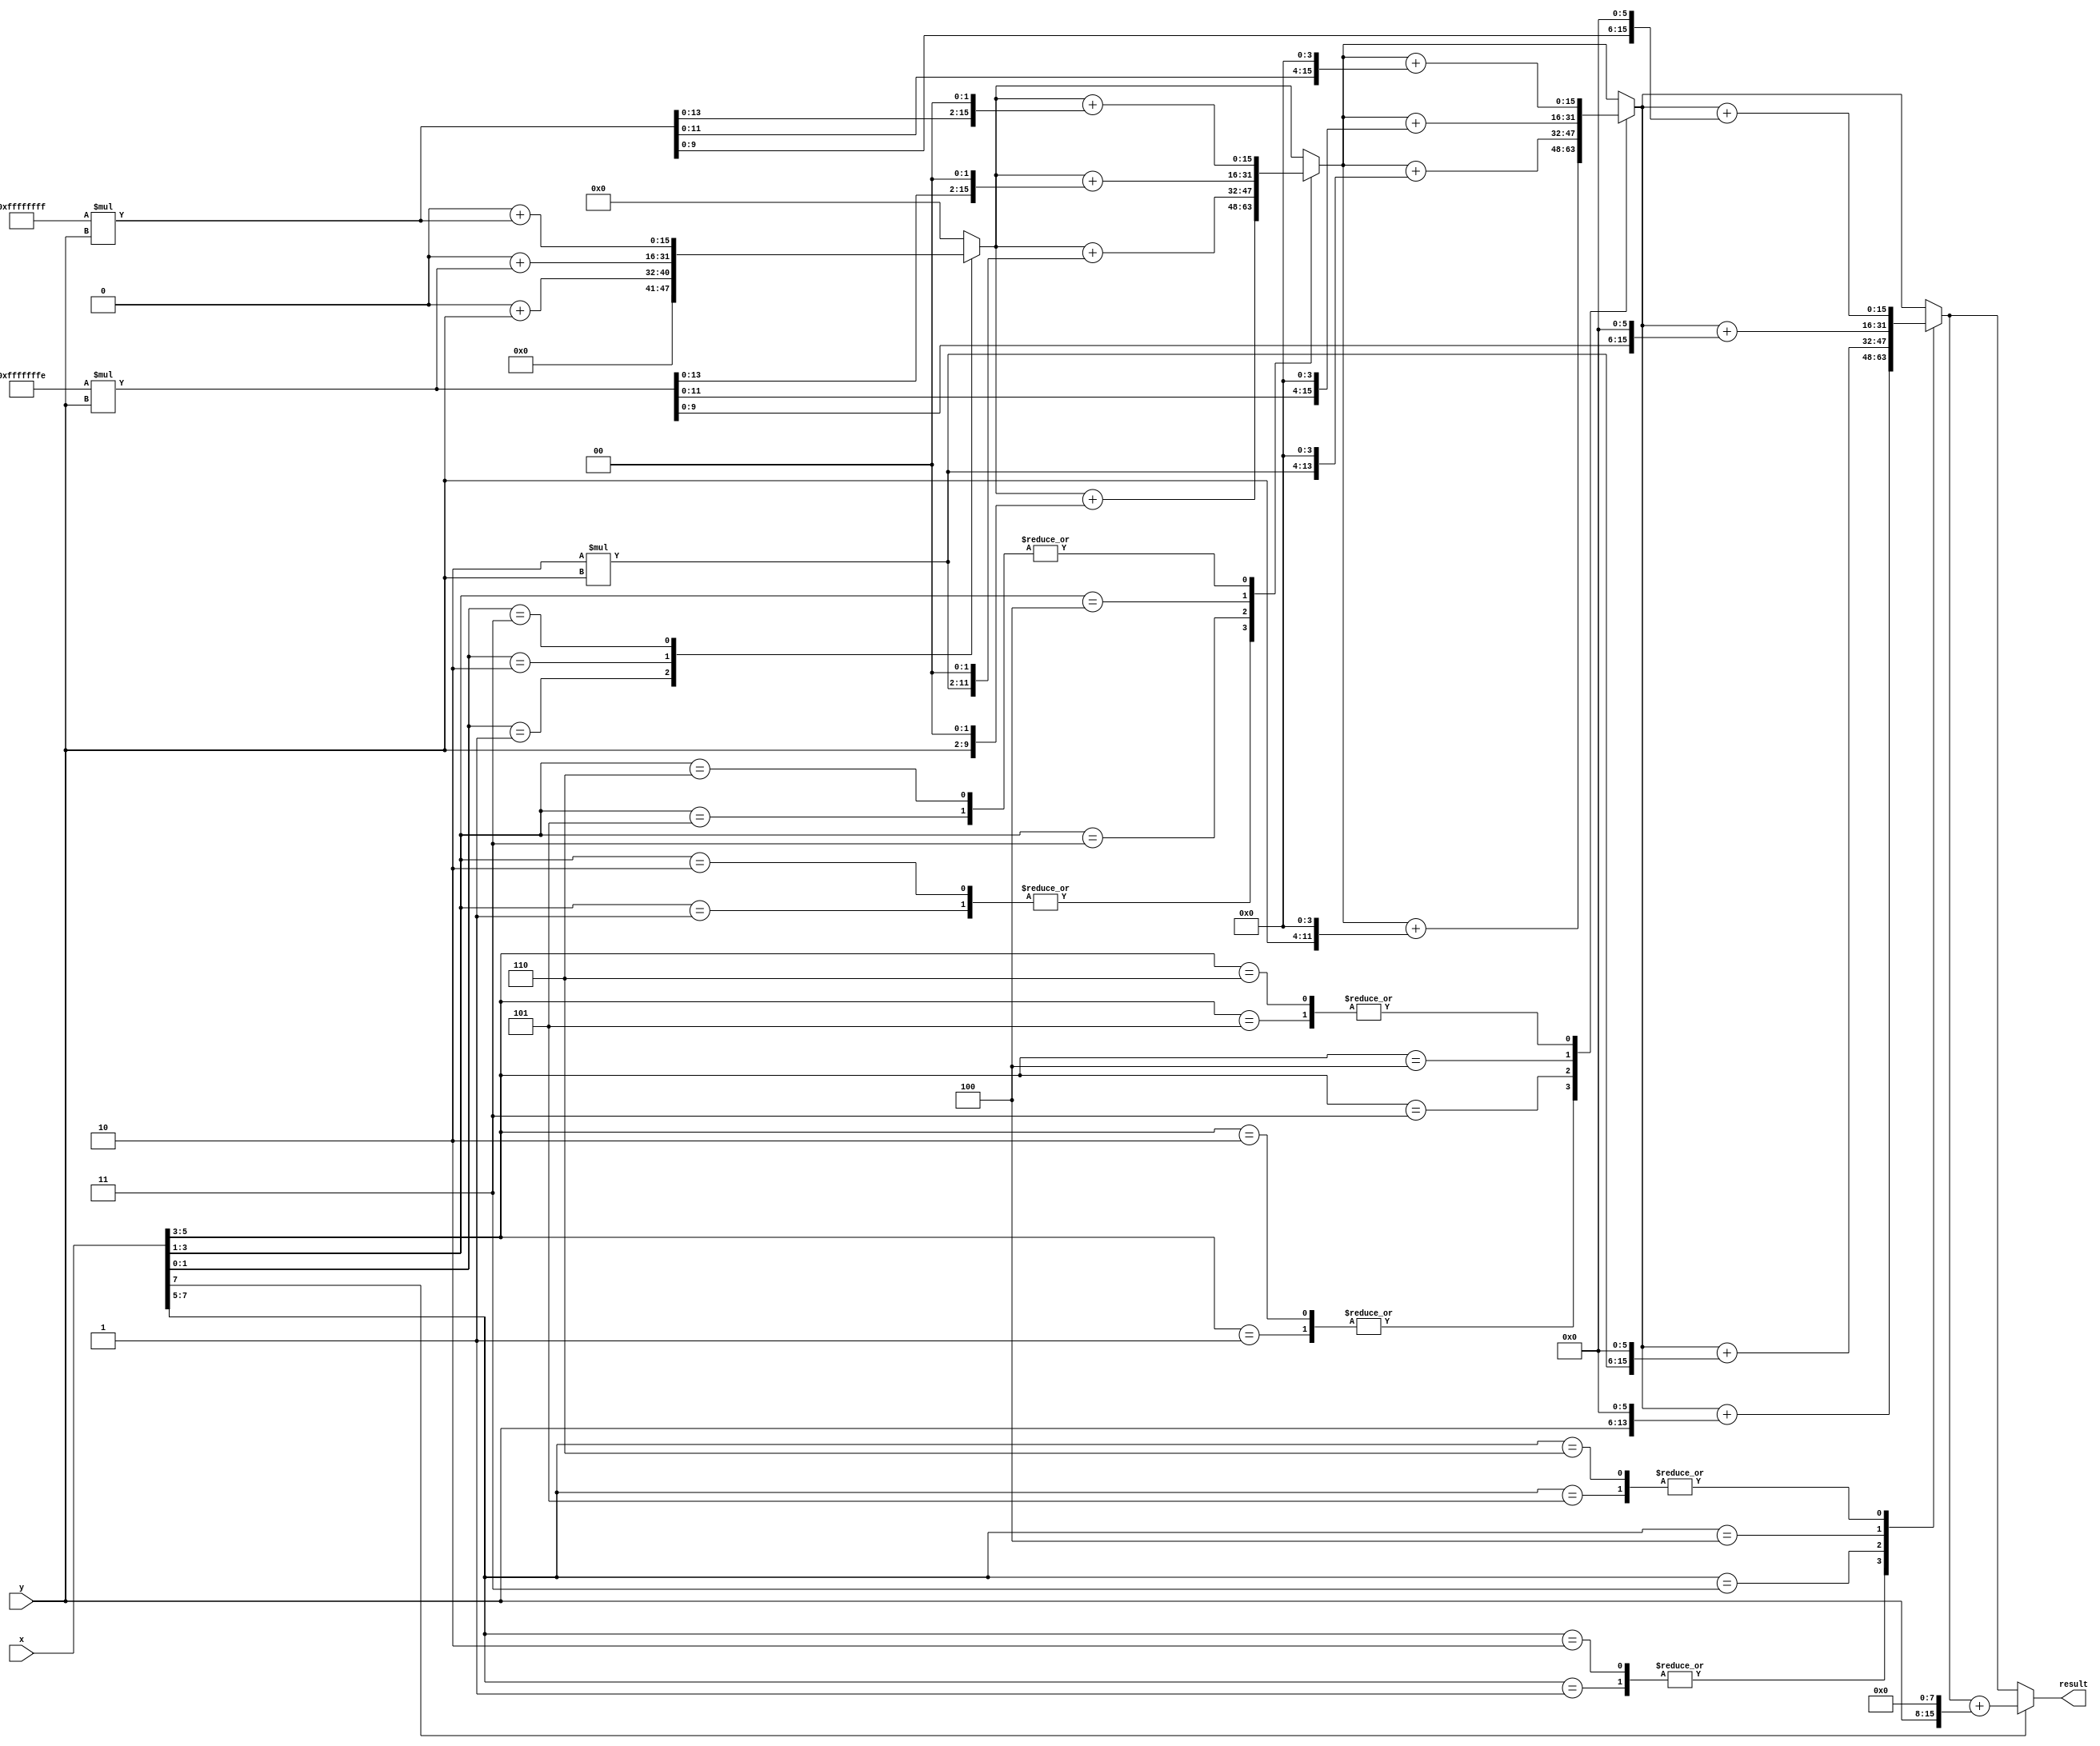
module Multiplier #(parameter N=8)(
	input [N-1:0] y,	//multiplier
	input [N-1:0] x,	//multiplicand
	
	output [2*N-1:0] result
	);

	reg [((2-(N%2))+N) :0] padded; //if N is odd pad one bit infront else if N is even pad 2 bits infront. add 1 bit behind
	//N/2 +(optional 1) number of (N+(1 sign)) bit registers used for partial products
	//reg [N:0] partial [N/2 + (N%2):0] ;	//partial reg is removed inste
	wire [N+1:0] y_ext;
	assign y_ext = {2'b00 , y};
	
	reg [2*N-1:0] ans; //store the answer in this register
		/* Modified Booth Encoding
	   ______________________________________
		| x(i+1) |  x(i)  |  x(i-1) | Action |
		|________|________|_________|________|
		|    0   |    0   |    0    |   0*Y  |
		|    0   |    0   |    1    |   1*Y  |
		|    0   |    1   |    0    |   1*Y  |
		|    0   |    1   |    1    |   2*Y  |
		|    1   |    0   |    0    |  -2*y  |
		|    1   |    0   |    1    |  -1*y  |
		|    1   |    1   |    0    |  -1*y  |
		|    1   |    1   |    1    |   0*y  |
		|________|________|_________|________|
  	*/
	integer i;
	always @ (*) begin
		padded = { x , 1'b0 };
		ans = 0;
		for( i=0 ; i <= N ; i = i + 2 ) begin	//definetly should use < instead of <= earlier
			case ({padded[i+2],padded[i+1],padded[i]})	// booth = { x(i+1) , x(i) , x(i-1) }
				//3'b000 : ans = ans + (0 << i);//partial[i/2] = 0; // i/2 is due to incrementing i= i+2;
				3'b001 : ans = ans + (y_ext << i);		//partial[i/2] = y;
				3'b010 : ans = ans + (y_ext << i);		//partial[i/2] = y;
				3'b011 : ans = ans + (2*y_ext << i);		//partial[i/2] = 2*{1'b0,y};
				3'b100 : ans = ans + (-2*y_ext<< i);		//partial[i/2] = -2*{1'b0,y};	//adding extra bit to accomdate the sign bit
				3'b101 : ans = ans + (-1*y_ext<< i);		//partial[i/2] = -1*{1'b0,y};
				3'b110 : ans = ans + (-1*y_ext<< i);		//partial[i/2] = -1*{1'b0,y};
				//3'b111 : ans = ans + (0 << i);		//partial[i/2] = 0;
			endcase
		end
	end
	
	assign result = ans;
	
endmodule